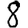
Digit: 8